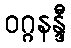
ဝဂ္ဂနန္ဒီ